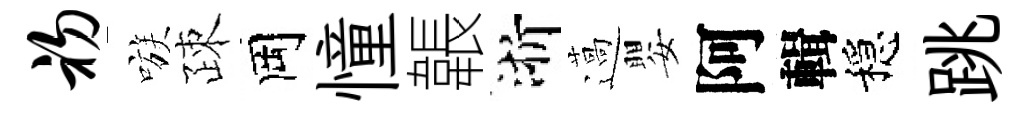
初嗾疎岡憧韔浙薖嬰阿輯穩跳